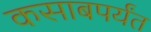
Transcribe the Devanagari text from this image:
कसाबपर्यंत